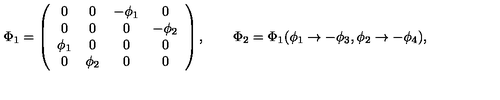
\Phi _ { 1 } = \left( \begin{array} { c c c c } { 0 } & { 0 } & { - \phi _ { 1 } } & { 0 } \\ { 0 } & { 0 } & { 0 } & { - \phi _ { 2 } } \\ { \phi _ { 1 } } & { 0 } & { 0 } & { 0 } \\ { 0 } & { \phi _ { 2 } } & { 0 } & { 0 } \\ \end{array} \right) , \qquad \Phi _ { 2 } = \Phi _ { 1 } ( \phi _ { 1 } \to - \phi _ { 3 } , \phi _ { 2 } \to - \phi _ { 4 } ) ,